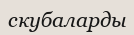
скубаларды